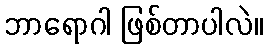
ဘာရောဂါ ဖြစ်တာပါလဲ။